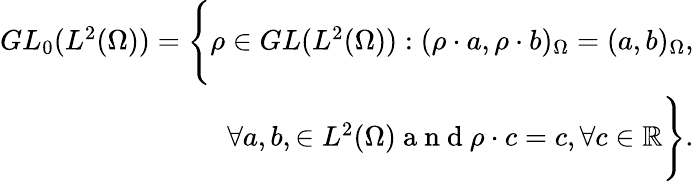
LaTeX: \begin{array}{r}{GL_{0}(L^{2}(\Omega))=\Bigg\{ \rho\in GL(L^{2}(\Omega)):(\rho\cdot a,\rho\cdot b)_{\Omega}=(a,b)_{\Omega},}\\ {\quad\forall a,b,\in L^{2}(\Omega)\mathrm{~a~n~d~}\rho\cdot c=c,\forall c\in\mathbb{R}\Bigg\} .}\end{array}